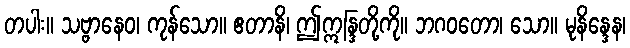
တပါး။ သဗ္ဗာနေဝ၊ ကုန်သော။ ဧတာနိ၊ ဤဣန္ဒြတို့ကို။ ဘဂဝတော၊ သော။ မုနိန္ဒေန၊